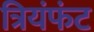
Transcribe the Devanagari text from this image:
त्रियंफंट